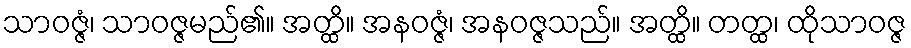
သာဝဇ္ဇံ၊ သာဝဇ္ဇမည်၏။ အတ္ထိ။ အနဝဇ္ဇံ၊ အနဝဇ္ဇသည်။ အတ္ထိ။ တတ္ထ၊ ထိုသာဝဇ္ဇ